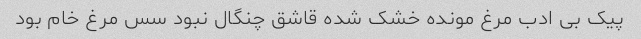
پیک بی ادب مرغ مونده خشک شده قاشق چنگال نبود سس مرغ خام بود